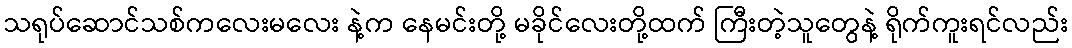
သရုပ်ဆောင်သစ်ကလေးမလေး နဲ့က နေမင်းတို့ မခိုင်လေးတို့ထက် ကြီးတဲ့သူတွေနဲ့ ရိုက်ကူးရင်လည်း